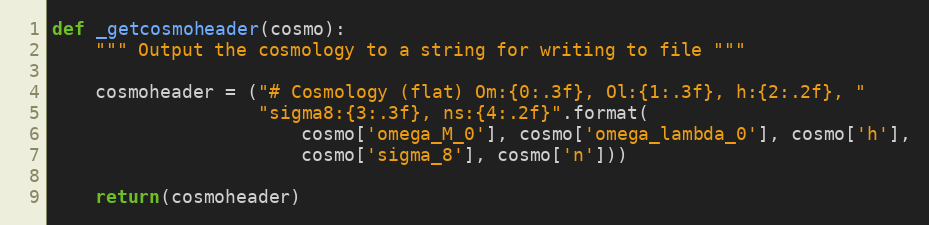
Language: Python
def _getcosmoheader(cosmo):
    """ Output the cosmology to a string for writing to file """

    cosmoheader = ("# Cosmology (flat) Om:{0:.3f}, Ol:{1:.3f}, h:{2:.2f}, "
                   "sigma8:{3:.3f}, ns:{4:.2f}".format(
                       cosmo['omega_M_0'], cosmo['omega_lambda_0'], cosmo['h'],
                       cosmo['sigma_8'], cosmo['n']))

    return(cosmoheader)